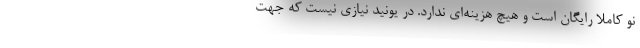
نو کاملا رایگان است و هیچ هزینه‌ای ندارد. در یونید نیازی نیست که جهت